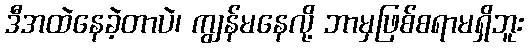
ဒီအထဲနေခဲ့တာပဲ၊ ကျွန်မနေလို့ ဘာမှဖြစ်စရာမရှိဘူး